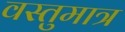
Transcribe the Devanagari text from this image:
वस्तुमात्र